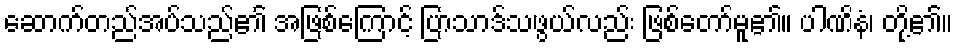
ဆောက်တည်အပ်သည်၏ အဖြစ်ကြောင့် ပြာသာဒ်သဖွယ်လည်း ဖြစ်တော်မူ၏။ ပါဏိနံ၊ တို့၏။